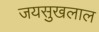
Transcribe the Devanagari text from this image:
जयसुखलाल